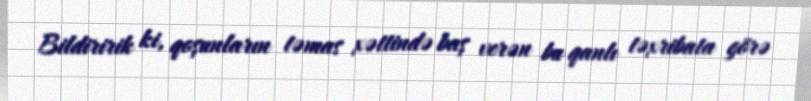
Bildiririk ki, qoşunların təmas xəttində baş verən bu qanlı təxribata görə